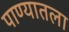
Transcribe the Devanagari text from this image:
पाण्यातला